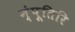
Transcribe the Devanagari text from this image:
न्ंपूतिरि